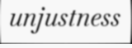
unjustness